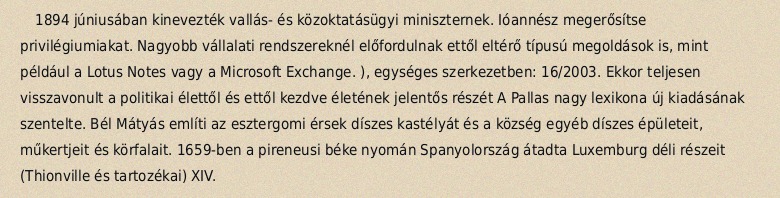
1894 júniusában kinevezték vallás- és közoktatásügyi miniszternek. Ióannész megerősítse privilégiumiakat. Nagyobb vállalati rendszereknél előfordulnak ettől eltérő típusú megoldások is, mint például a Lotus Notes vagy a Microsoft Exchange. ), egységes szerkezetben: 16/2003. Ekkor teljesen visszavonult a politikai élettől és ettől kezdve életének jelentős részét A Pallas nagy lexikona új kiadásának szentelte. Bél Mátyás említi az esztergomi érsek díszes kastélyát és a község egyéb díszes épületeit, műkertjeit és körfalait. 1659-ben a pireneusi béke nyomán Spanyolország átadta Luxemburg déli részeit (Thionville és tartozékai) XIV.